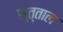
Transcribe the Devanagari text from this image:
सुत्ताल